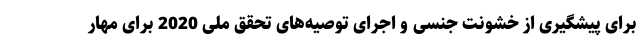
برای پیشگیری از خشونت جنسی و اجرای توصیه‌های تحقق ملی 2020 برای مهار